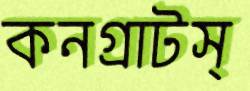
কনগ্রাটস্